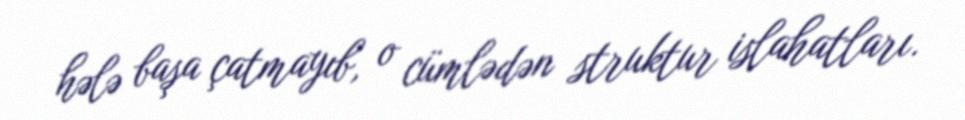
hələ başa çatmayıb, o cümlədən struktur islahatları.